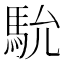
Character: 馻